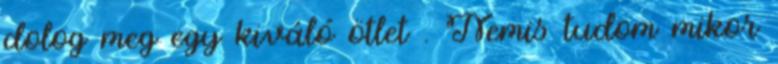
dolog meg egy kiváló ötlet . Nemis tudom mikor